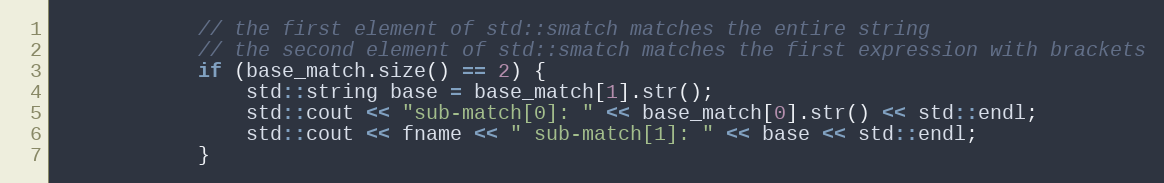
Language: C++
            // the first element of std::smatch matches the entire string
            // the second element of std::smatch matches the first expression with brackets
            if (base_match.size() == 2) {
                std::string base = base_match[1].str();
                std::cout << "sub-match[0]: " << base_match[0].str() << std::endl;
                std::cout << fname << " sub-match[1]: " << base << std::endl;
            }